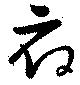
府